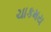
ચાકમય